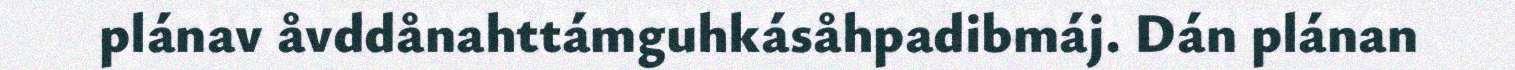
plánav åvddånahttámguhkásåhpadibmáj. Dán plánan